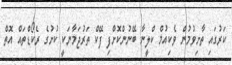
ކަރުގައި ތާށިވުމުން ވެކިއުމް ކްލީނާ ބޭނުންކޮށްފި ފޭކް ތަރުޖަމާނަކީ ކުށުގެ ރެކޯޑްތައް އޮތް